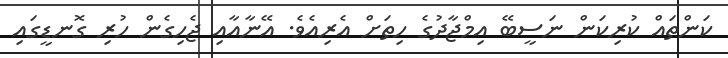
ކަންތައް ކުރިކަން ނަސީބޭ އިމްޖާދުގެ ހިތަށް އެރިއެވެ. އޭނާއާއި ޖެހިގެން ހުރި ގޮނޑީގައި